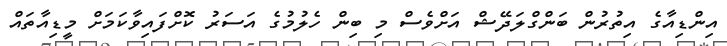
އިންޑިއާގެ އިތުރުން ބަންގްލަދޭޝް އަށްވެސް މި ބިން ހެލުމުގެ އަސަރު ކޮށްފައިވާކަމަށް މީޑިއާތައް